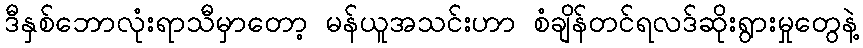
ဒီနှစ်ဘောလုံးရာသီမှာတော့ မန်ယူအသင်းဟာ စံချိန်တင်ရလဒ်ဆိုးရွားမှုတွေနဲ့